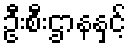
ဦးစီးဌာနနှင့်